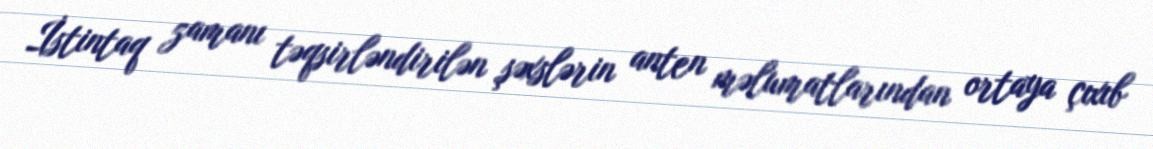
İstintaq zamanı təqsirləndirilən şəxslərin anten məlumatlarından ortaya çıxıb